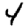
Digit: 4